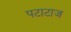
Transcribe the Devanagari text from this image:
पटाटाज